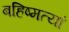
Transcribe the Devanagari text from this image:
बहिष्मत्यां